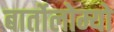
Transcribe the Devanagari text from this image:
बार्तोलोम्यो